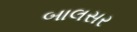
બાલસર